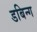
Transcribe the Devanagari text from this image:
डबिन्ग